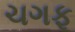
ચગફૂ